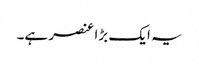
یہ ایک بڑا عنصر ہے۔